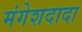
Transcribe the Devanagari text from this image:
मंगेशदादा